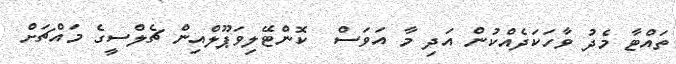
ތައްޓާ މެދު ވާހަކަދެއްކުން އަދި މާ އަވަސް  ކޮންޓޭލިވަޕޫލްއިން ޗެލްސީގެ މައްޗަށް